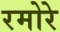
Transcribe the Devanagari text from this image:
रमोरे